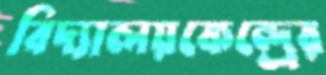
বিদ্যালয়কেন্দ্রের